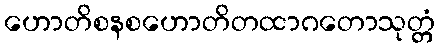
ဟောတိစနစဟောတိတထာဂတောသုတ္တံ